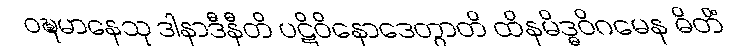
ဝဍ္ဎမာနေသု ဒါနာဒီနီတိ ပဋိဝိနောဒေတွာတိ ထိနမိဒ္ဓဝိဂမေန ဓိတိံ